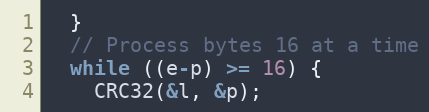
Language: C++
  }
  // Process bytes 16 at a time
  while ((e-p) >= 16) {
    CRC32(&l, &p);